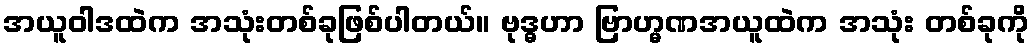
အယူဝါဒထဲက အသုံးတစ်ခုဖြစ်ပါတယ်။ ဗုဒ္ဓဟာ ဗြာဟ္မဏအယူထဲက အသုံး တစ်ခုကို